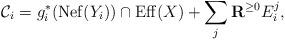
LaTeX: \begin{align*} \mathcal{C}_i=g_i^{*}(\mathrm{Nef}(Y_i))\cap \mathrm{Eff}(X)+\sum_j\mathbf{R}^{\geq 0}E_i^j, \end{align*}